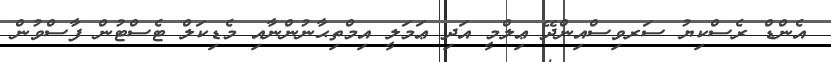
އެންޑް ރެސްކިޔު ސަރވިސްއިންދޭ ޢިލްމީ އަދި ޢަމަލީ އިމްތިޙާނުންނާއި މެޑިކަލް ޓެސްޓުން ފާސްވުން